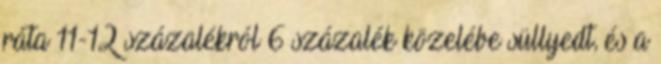
ráta 11-12 százalékról 6 százalék közelébe süllyedt, és a